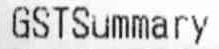
GSTSUMMARY